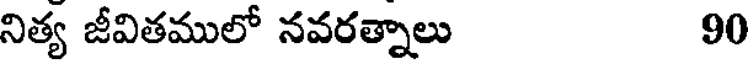
నిత్య జీవితములో నవరత్నాలు 90